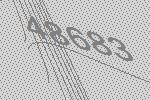
48683